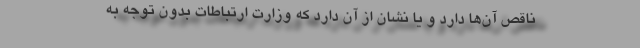
ناقص آن‌ها دارد و یا نشان از آن دارد که وزارت ارتباطات بدون توجه به